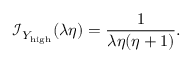
\mathcal { I } _ { { Y _ { \mathrm { h i g h } } } } ( \lambda \eta ) = \frac { 1 } { \lambda \eta ( \eta + 1 ) } .